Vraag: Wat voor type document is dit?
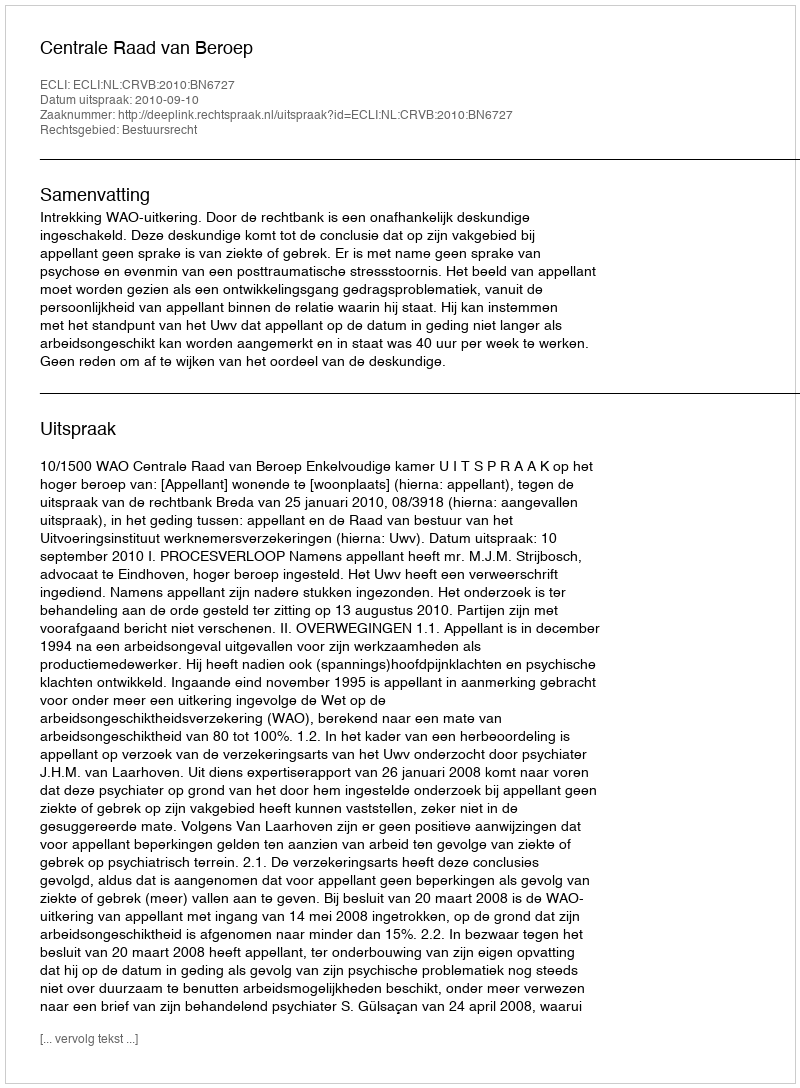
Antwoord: Uitspraak